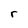
Character: r